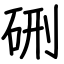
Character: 硎